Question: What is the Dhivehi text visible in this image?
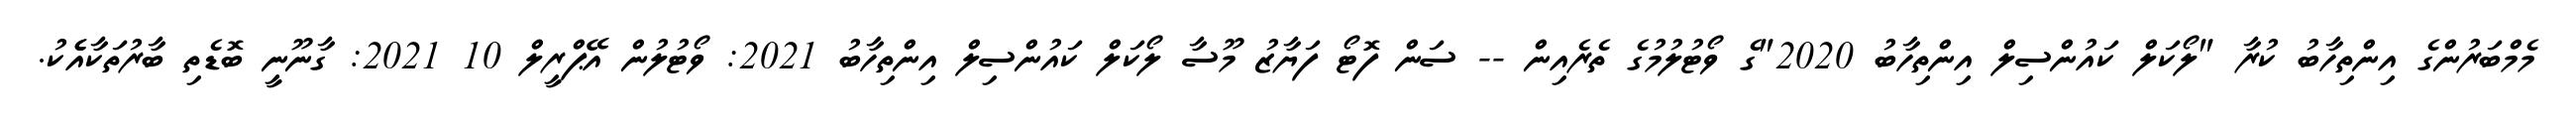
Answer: މެމްބަރުންގެ އިންތިހާބު ކުރާ "ލޯކަލް ކައުންސިލް އިންތިހާބު 2020"ގެ ވޯޓުލުމުގެ ތެރެއިން -- ސަން ފޮޓޯ ފަޔާޒު މޫސާ ލޯކަލް ކައުންސިލް އިންތިހާބު 2021: ވޯޓުލުން އޭޕްރީލް 10 2021: ގާނޫނީ ބޮޑެތި ބާރުތަކާއެެކު.